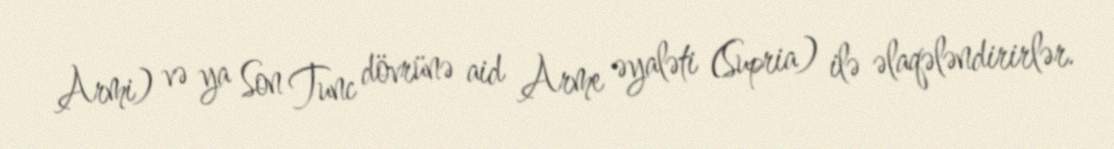
Armi) və ya Son Tunc dövrünə aid Arme əyaləti (Supria) ilə əlaqələndirirlər.